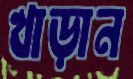
খাড়ান